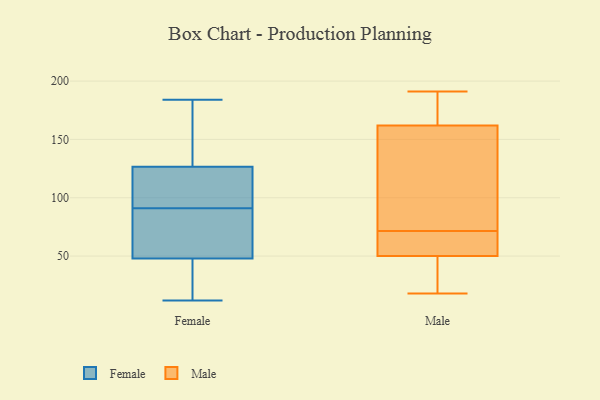
{"axis": {"x": "Inventory Turnover", "y": "Value"}, "legend": ["Female", "Male"], "data": [{"x": "", "y": 74, "type": "Female"}, {"x": "", "y": 57, "type": "Female"}, {"x": "", "y": 54, "type": "Female"}, {"x": "", "y": 46, "type": "Female"}, {"x": "", "y": 132, "type": "Female"}, {"x": "", "y": 18, "type": "Female"}, {"x": "", "y": 110, "type": "Female"}, {"x": "", "y": 18, "type": "Female"}, {"x": "", "y": 103, "type": "Female"}, {"x": "", "y": 184, "type": "Female"}, {"x": "", "y": 181, "type": "Female"}, {"x": "", "y": 12, "type": "Female"}, {"x": "", "y": 91, "type": "Female"}, {"x": "", "y": 137, "type": "Female"}, {"x": "", "y": 176, "type": "Female"}, {"x": "", "y": 74, "type": "Female"}, {"x": "", "y": 106, "type": "Female"}, {"x": "", "y": 13, "type": "Female"}, {"x": "", "y": 109, "type": "Female"}, {"x": "", "y": 162, "type": "Male"}, {"x": "", "y": 50, "type": "Male"}, {"x": "", "y": 191, "type": "Male"}, {"x": "", "y": 72, "type": "Male"}, {"x": "", "y": 18, "type": "Male"}, {"x": "", "y": 167, "type": "Male"}, {"x": "", "y": 71, "type": "Male"}, {"x": "", "y": 26, "type": "Male"}, {"x": "", "y": 50, "type": "Male"}, {"x": "", "y": 157, "type": "Male"}, {"x": "", "y": 24, "type": "Male"}, {"x": "", "y": 123, "type": "Male"}, {"x": "", "y": 52, "type": "Male"}, {"x": "", "y": 163, "type": "Male"}]}